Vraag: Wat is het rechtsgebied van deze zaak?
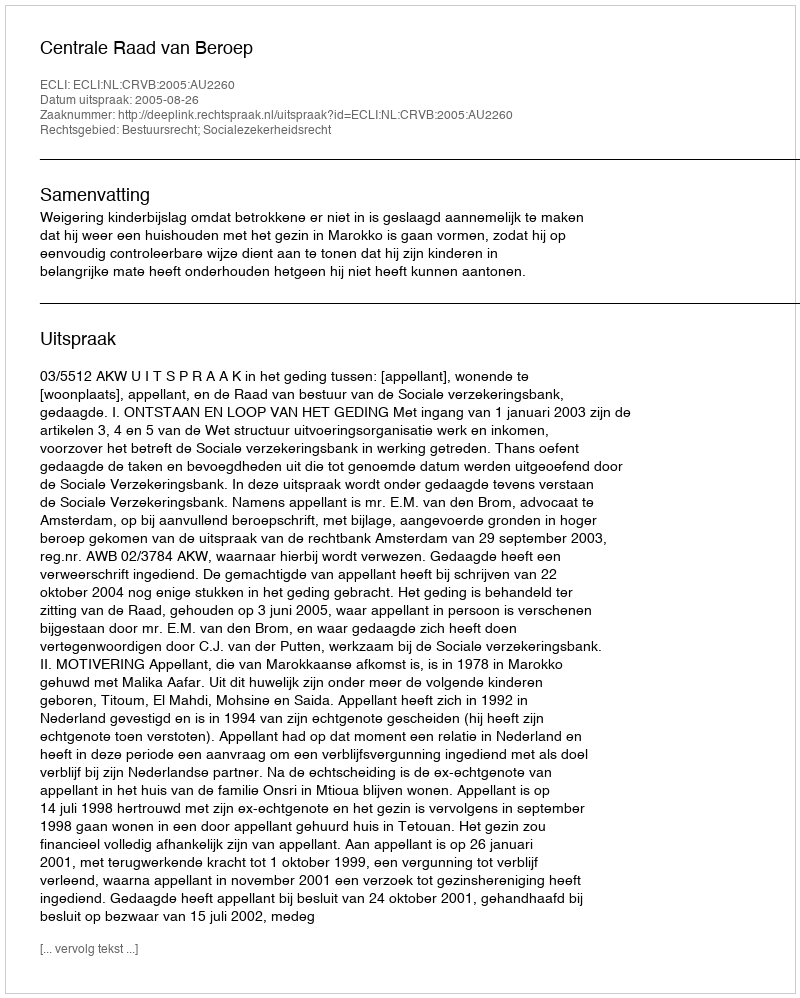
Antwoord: Bestuursrecht; Socialezekerheidsrecht